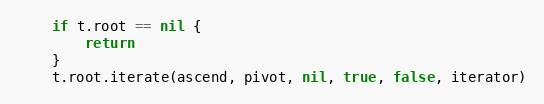
Language: Go
	if t.root == nil {
		return
	}
	t.root.iterate(ascend, pivot, nil, true, false, iterator)